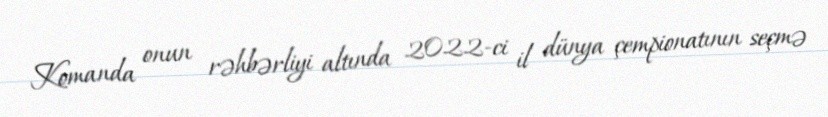
Komanda onun rəhbərliyi altında 2022-ci il dünya çempionatının seçmə